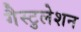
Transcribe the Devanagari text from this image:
गैस्टुलेशन